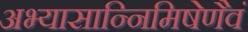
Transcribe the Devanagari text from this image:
अभ्यासान्निमिषेणैवं